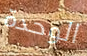
الوحدة